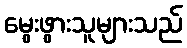
မွေးဖွားသူများသည်